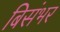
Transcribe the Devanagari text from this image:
बिसंभर